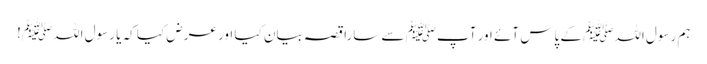
ہم رسول اللہﷺ کے پاس آئے اور آپﷺ سے سارا قصہ بیان کیا اور عرض کیا کہ یا رسول اللہﷺ!